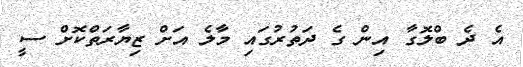
އެ ދެ ބްލޮގާ އިން ގެ ދަތުރުގައި މާލެ އަށް ޒިޔާރަތްކޮށް ސީ